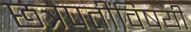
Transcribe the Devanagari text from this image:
छत्रपतींविषयी